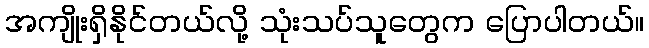
အကျိုးရှိနိုင်တယ်လို့ သုံးသပ်သူတွေက ပြောပါတယ်။